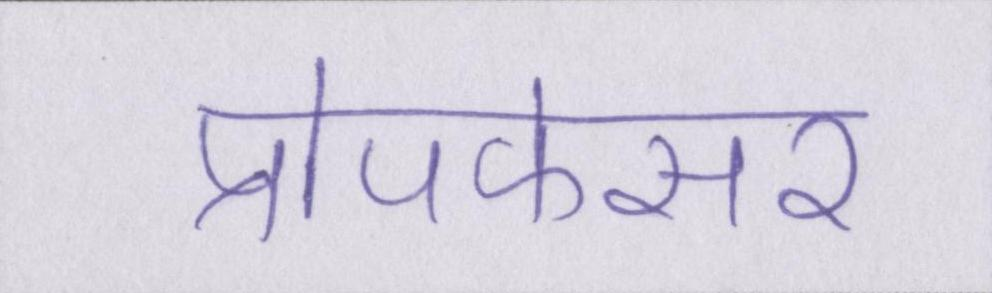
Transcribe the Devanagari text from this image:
प्रोपफेसर